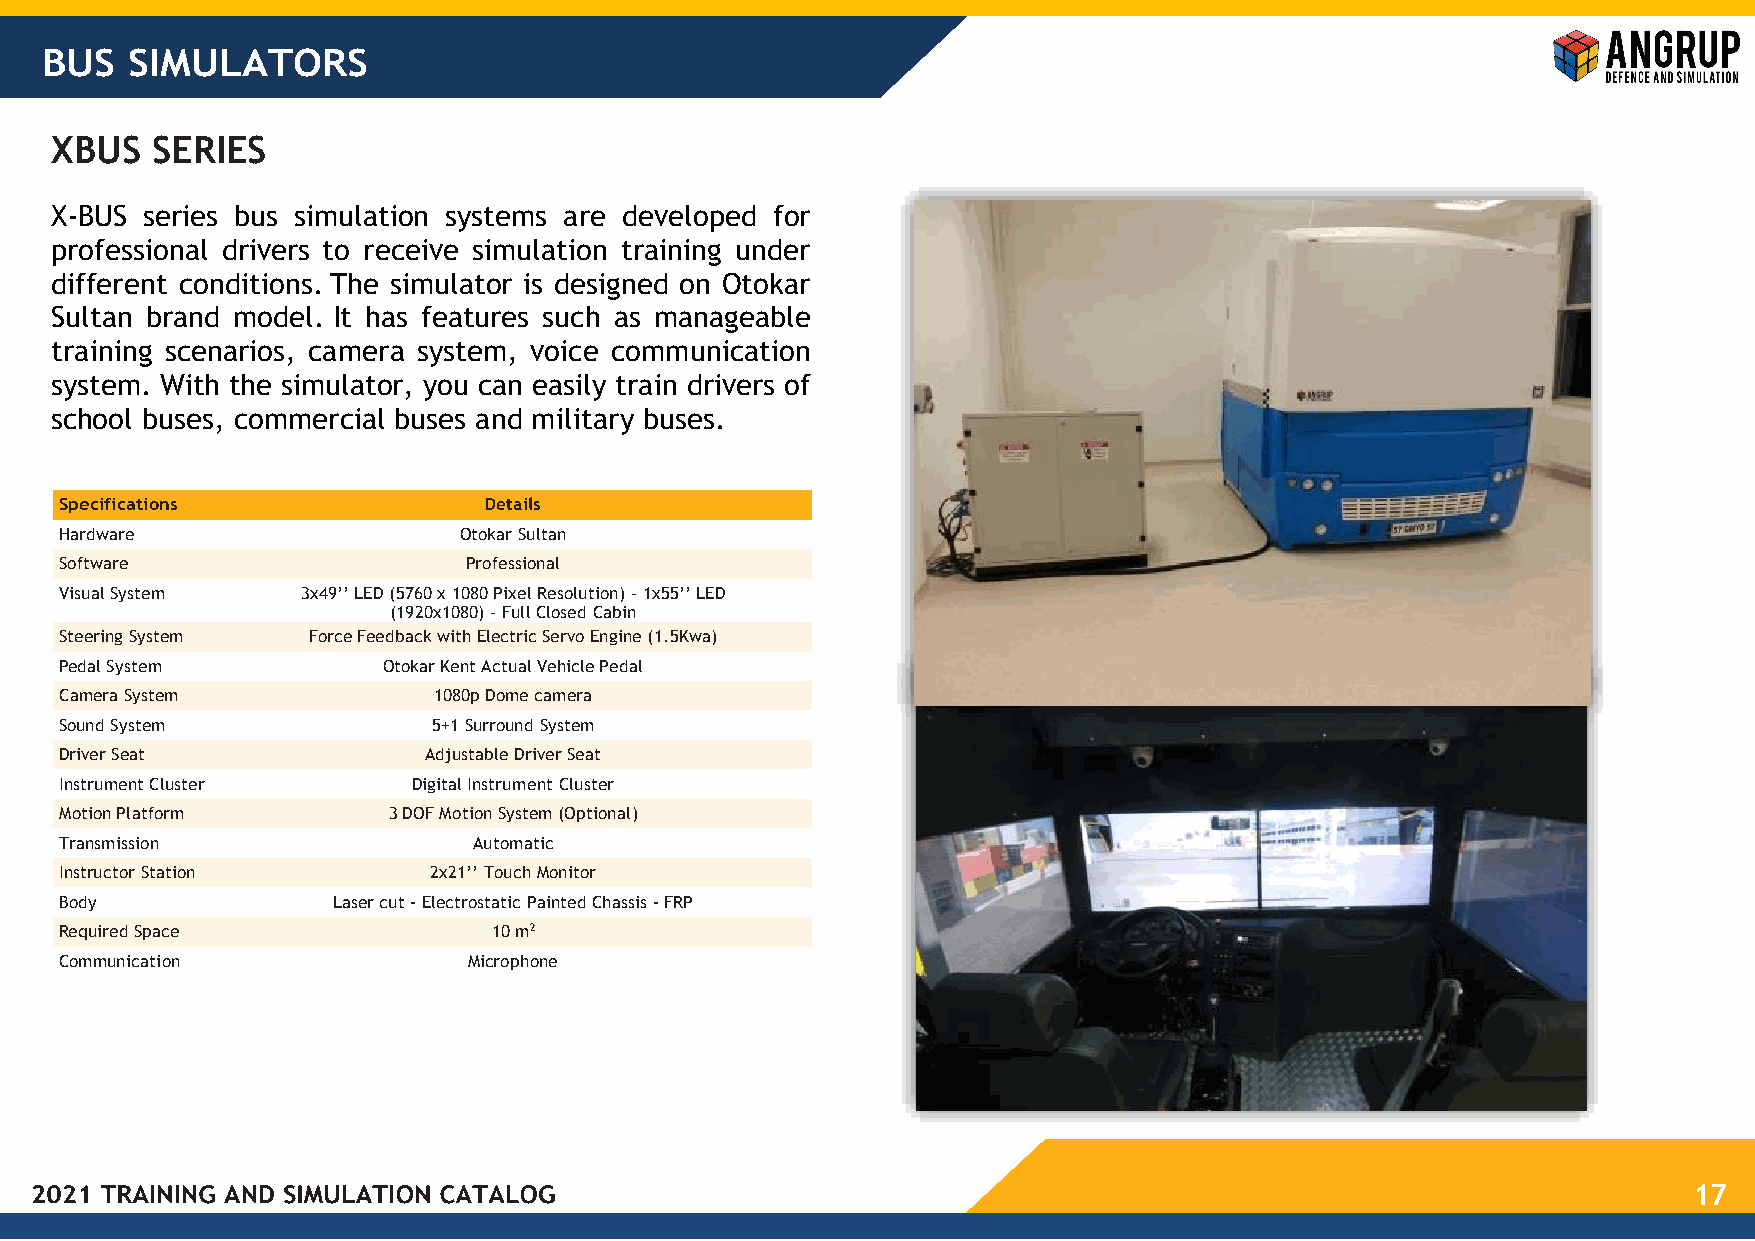
BUS  SIMULATORS
 XBUS   SERIES
 X-BUS  series bus simulation systems are developed for
 professional drivers to receive simulation training under
 different conditions. The simulator is designed on Otokar
 Sultan brand model. It has features such as manageable
 training scenarios, camera system, voice communication
 system. With the simulator, you can easily train drivers of
 school buses, commercial buses and military buses.
 Specifications              Details
 Hardware                  Otokar Sultan
 Software                   Professional
 Visual System   3x49’’ LED (5760 x 1080 Pixel Resolution) – 1x55’’ LED
 (1920x1080) – Full Closed Cabin
 Steering System Force Feedback with Electric Servo Engine (1.5Kwa)
 Pedal System         Otokar Kent Actual Vehicle Pedal
 Camera System            1080p Dome camera
 Sound System             5+1 Surround System
 Driver Seat             Adjustable Driver Seat
 Instrument Cluster     Digital Instrument Cluster
 Motion Platform       3 DOF Motion System (Optional)
 Transmission               Automatic
 Instructor Station      2x21’’ Touch Monitor
 Body              Laser cut - Electrostatic Painted Chassis - FRP
 Required Space               10 m2
 Communication              Microphone
 17